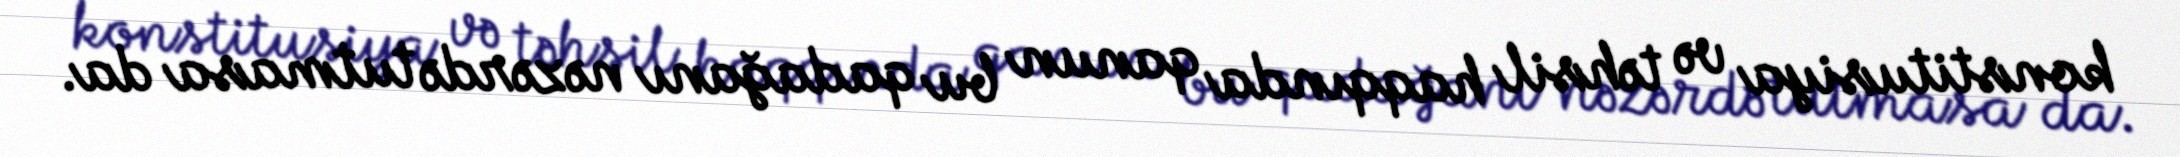
konstitusiya və təhsil haqqında qanun bu qadağanı nəzərdə tutmasa da.